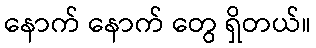
နောက် နောက် တွေ ရှိတယ်။